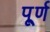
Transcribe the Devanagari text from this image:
पू्र्ण